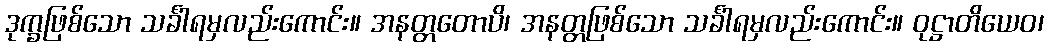
ဒုက္ခဖြစ်သော သင်္ခါရမှလည်းကောင်း။ အနတ္တတောပိ၊ အနတ္တဖြစ်သော သင်္ခါရမှလည်းကောင်း။ ဝုဋ္ဌာတိယေဝ၊